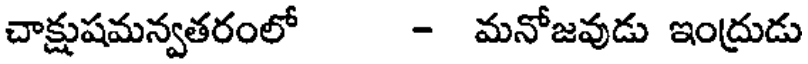
చాక్షుషమన్వతరంలో - మనోజవుడు ఇంద్రుడు